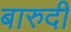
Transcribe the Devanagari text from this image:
बारुदी